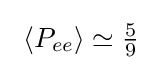
\ \langle P_{ee}\rangle \simeq {\tfrac {5}{9}}\